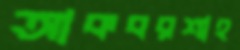
আকবরশাহ